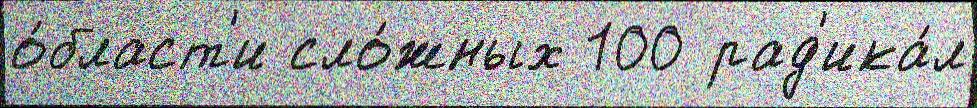
о́бласт'и сло́жных 100 рад'ика́л